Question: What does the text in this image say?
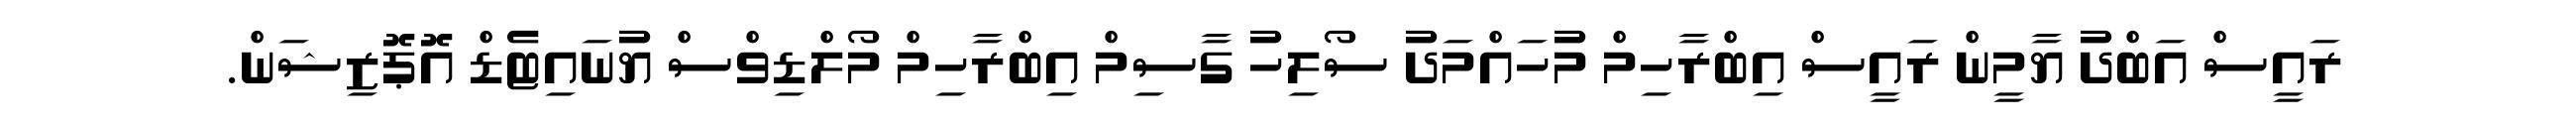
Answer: ރައީސް އަބްދު ޔާމީން ރައީސް އިބްރާހިމް މުހައްމަދު ސޯލިހު ގާސިމް އިބްރާހިމް މޯލްޑިވްސް ޔުނައިޓެޑް އޮޕޮޒިޝަން.